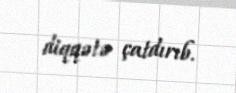
diqqətə çatdırıb.